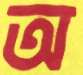
অ